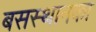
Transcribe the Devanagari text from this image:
बसस्थानका